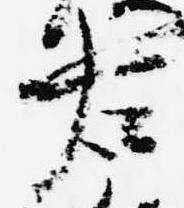
右